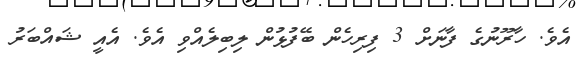
އެވެ. ހާރޫނުގެ ފާނަށް 3 ފިރިހެން ބޭފުޅުން ލިބިލެއްވި އެވެ. އެއީ ޝައްބަރު